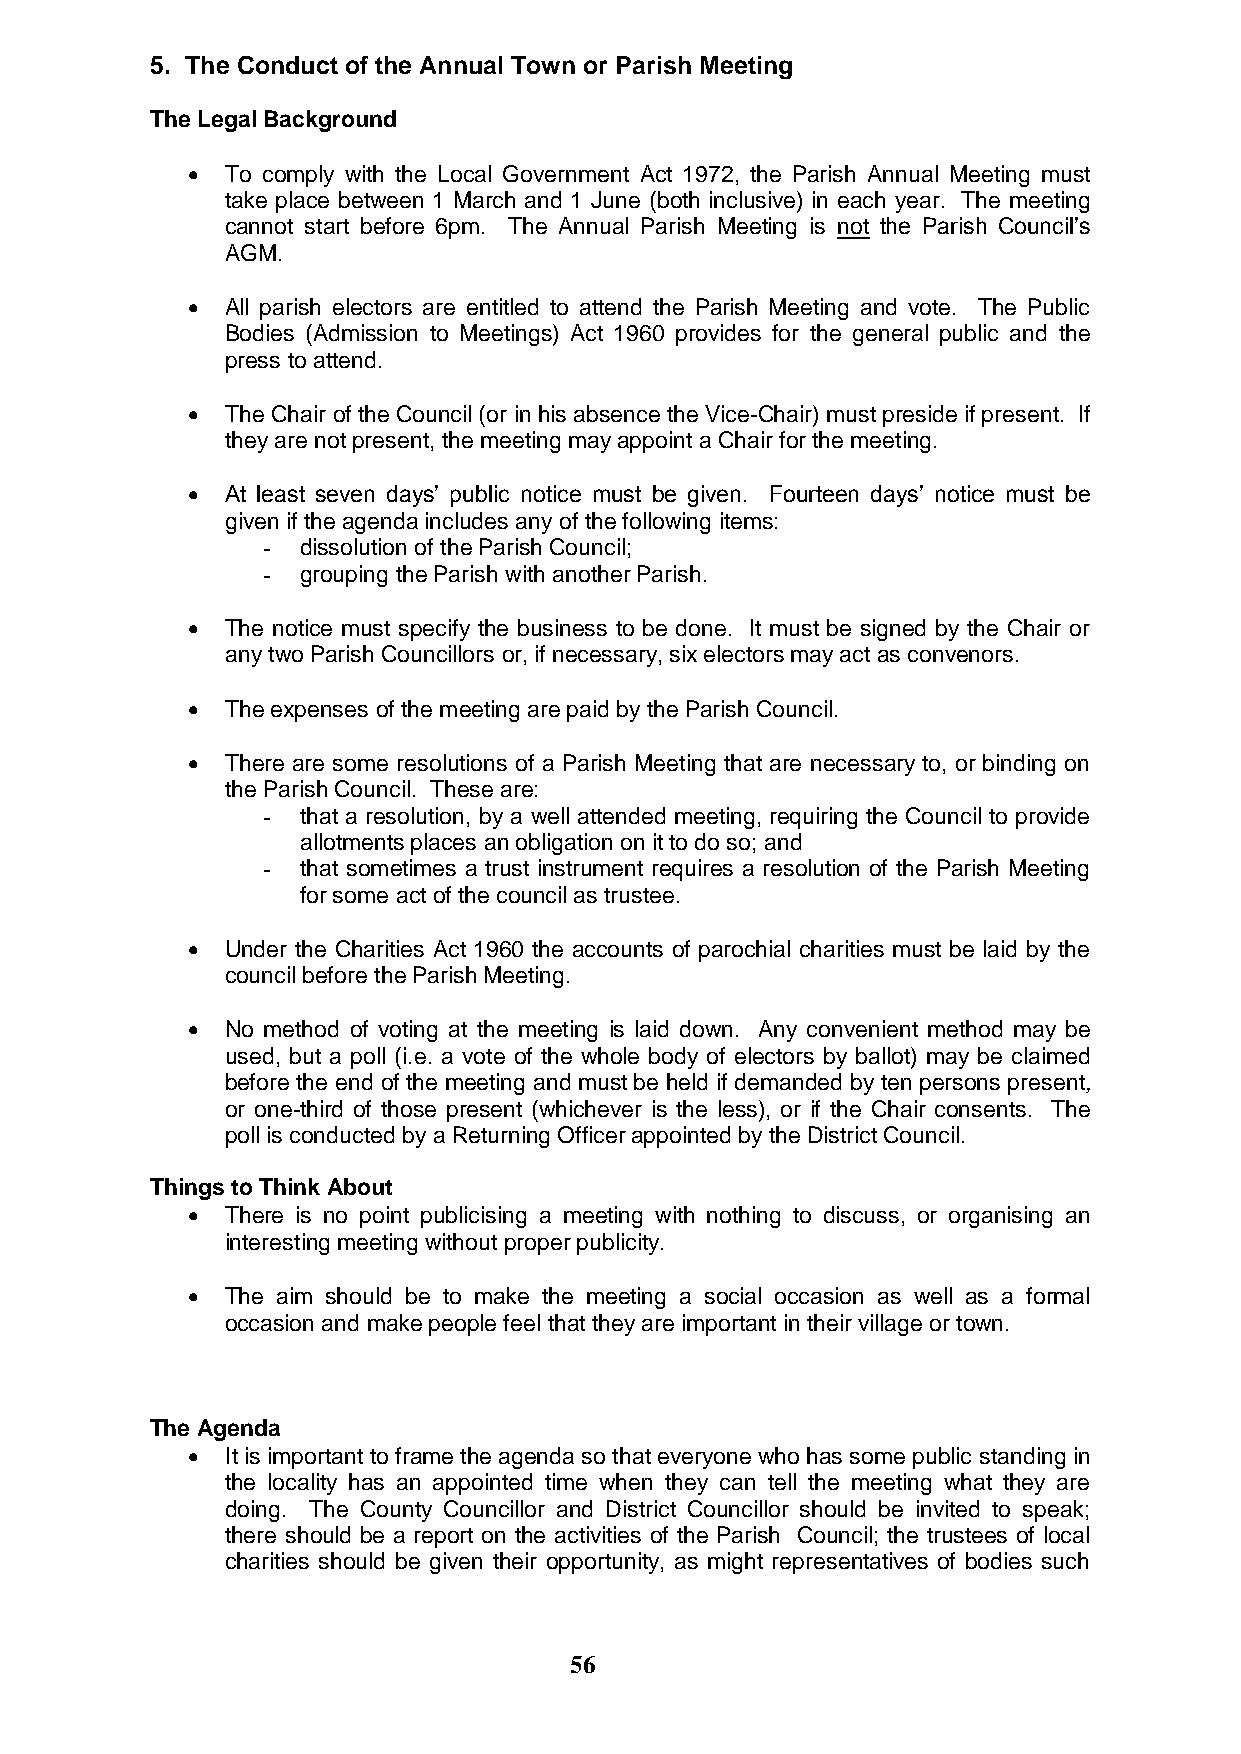
5. The Conduct of the Annual Town or Parish Meeting
 The Legal Background
   To comply with the Local Government Act 1972, the Parish Annual Meeting must
 take place between 1 March and 1 June (both inclusive) in each year. The meeting
 cannot start before 6pm. The Annual Parish Meeting is not the Parish Council‟s
 AGM.
   All parish electors are entitled to attend the Parish Meeting and vote. The Public
 Bodies (Admission to Meetings) Act 1960 provides for the general public and the
 press to attend.
   The Chair of the Council (or in his absence the Vice-Chair) must preside if present. If
 they are not present, the meeting may appoint a Chair for the meeting.
   At least seven days‟ public notice must be given. Fourteen days‟ notice must be
 given if the agenda includes any of the following items:
 -  dissolution of the Parish Council;
 -  grouping the Parish with another Parish.
   The notice must specify the business to be done. It must be signed by the Chair or
 any two Parish Councillors or, if necessary, six electors may act as convenors.
   The expenses of the meeting are paid by the Parish Council.
   There are some resolutions of a Parish Meeting that are necessary to, or binding on
 the Parish Council. These are:
 -  that a resolution, by a well attended meeting, requiring the Council to provide
 allotments places an obligation on it to do so; and
 -  that sometimes a trust instrument requires a resolution of the Parish Meeting
 for some act of the council as trustee.
   Under the Charities Act 1960 the accounts of parochial charities must be laid by the
 council before the Parish Meeting.
   No method of voting at the meeting is laid down. Any convenient method may be
 used, but a poll (i.e. a vote of the whole body of electors by ballot) may be claimed
 before the end of the meeting and must be held if demanded by ten persons present,
 or one-third of those present (whichever is the less), or if the Chair consents. The
 poll is conducted by a Returning Officer appointed by the District Council.
 Things to Think About
   There is no point publicising a meeting with nothing to discuss, or organising an
 interesting meeting without proper publicity.
   The aim should be to make the meeting a social occasion as well as a formal
 occasion and make people feel that they are important in their village or town.
 The Agenda
   It is important to frame the agenda so that everyone who has some public standing in
 the locality has an appointed time when they can tell the meeting what they are
 doing. The County Councillor and District Councillor should be invited to speak;
 there should be a report on the activities of the Parish Council; the trustees of local
 charities should be given their opportunity, as might representatives of bodies such
 56